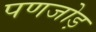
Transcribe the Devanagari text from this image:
पणजोड़